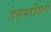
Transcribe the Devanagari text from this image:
डेलगाडिलो